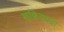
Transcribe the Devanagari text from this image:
शुक्रियादा